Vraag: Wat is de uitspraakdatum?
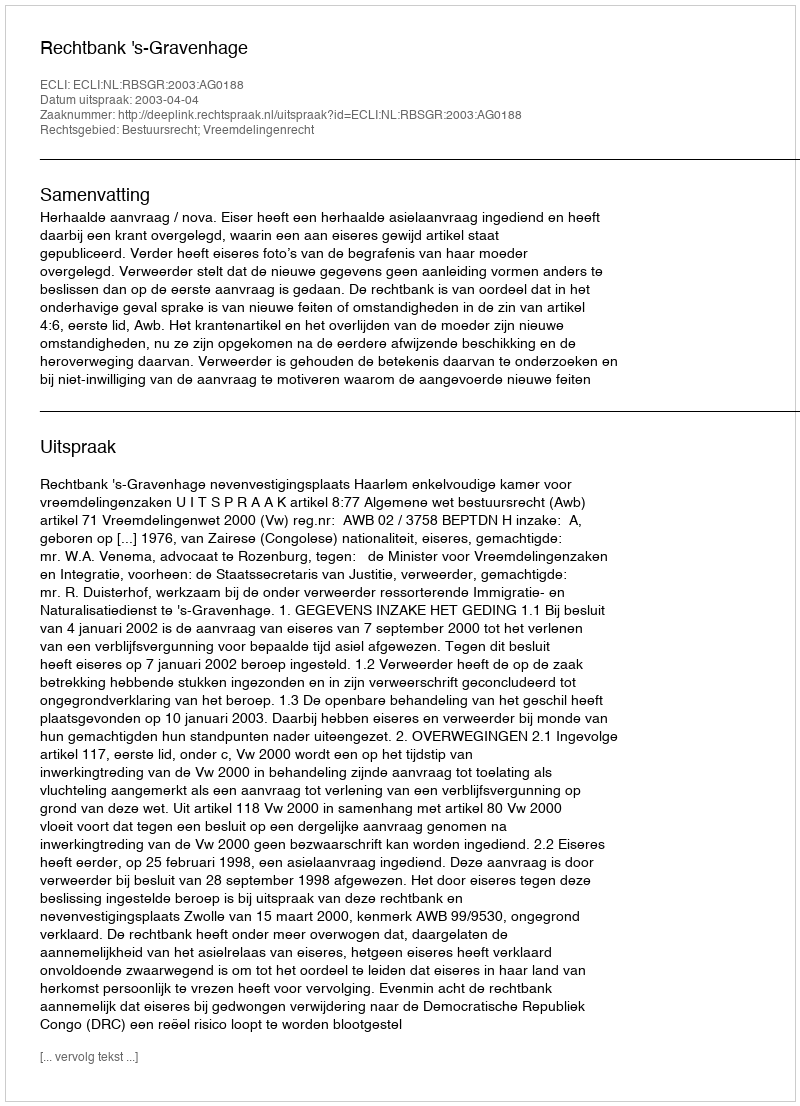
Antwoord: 2003-04-04